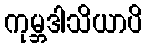
ကုမ္ဘဒါသိယာပိ